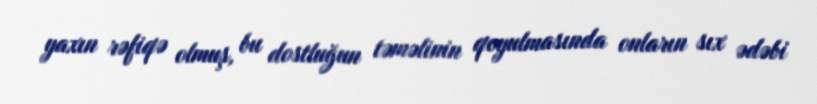
yaxın rəfiqə olmuş, bu dostluğun təməlinin qoyulmasında onların sıx ədəbi